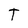
Character: T